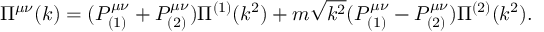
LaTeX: \Pi ^ { \mu \nu } ( k ) = ( P _ { ( 1 ) } ^ { \mu \nu } + P _ { ( 2 ) } ^ { \mu \nu } ) \Pi ^ { ( 1 ) } ( k ^ { 2 } ) + m \sqrt { k ^ { 2 } } ( P _ { ( 1 ) } ^ { \mu \nu } - P _ { ( 2 ) } ^ { \mu \nu } ) \Pi ^ { ( 2 ) } ( k ^ { 2 } ) .